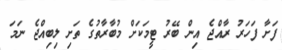
ފަށާ ފަހަރު ރާއްޖެ އިން ބޭރު ޓީމަކަށް މުބާރާތުގެ ތަށި ލިބިއްޖެ ނަމަ